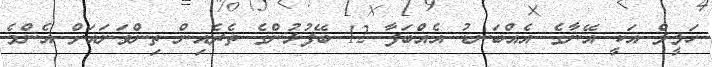
ހަލީލް އަކީ އޭނާގެ އެއްބަނޑު އެއްބަފާ 12 ބޭފުޅުންގެ ތެރެއިން ތިންވަނައަށް އެންމެ